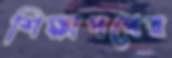
শিক্ষাপথের